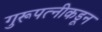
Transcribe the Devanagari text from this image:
गुरूपत्‍नीकडून